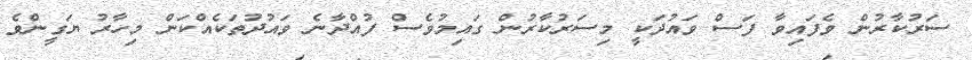
ސަރުކާރުން ވެފައިވާ ފަސް ވައުދަކީ މިސަރުކާރުން ގައިމުވެސް ފުއްދާނެ ވައުދުތަކެއްކަން މިހާރު ޔަގީންވެ